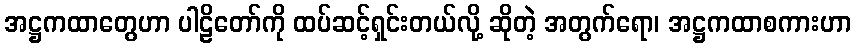
အဋ္ဌကထာတွေဟာ ပါဠိတော်ကို ထပ်ဆင့်ရှင်းတယ်လို့ ဆိုတဲ့ အတွက်ရော၊ အဋ္ဌကထာစကားဟာ